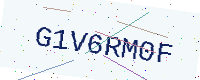
Text: G1V6RM0F